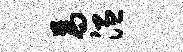
为温